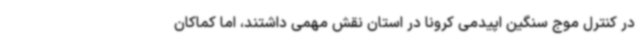
در کنترل موج سنگین اپیدمی کرونا در استان نقش مهمی داشتند، اما کماکان